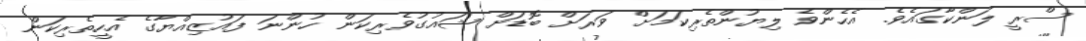
ސްރީ ލަންކާގައެވެ. އެހެންވެ ލިޔުންތެރިކަމަށް ވަރަށް ބޮޑަށް ޝައުގުވެރިކަން ހުންނަ ފައުޒިއްޔާގެ އެހީތެރިކަން